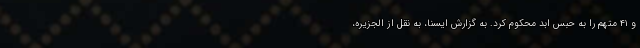
و ۴۱ متهم را به حبس ابد محکوم کرد. به گزارش ایسنا، به نقل از الجزیره،